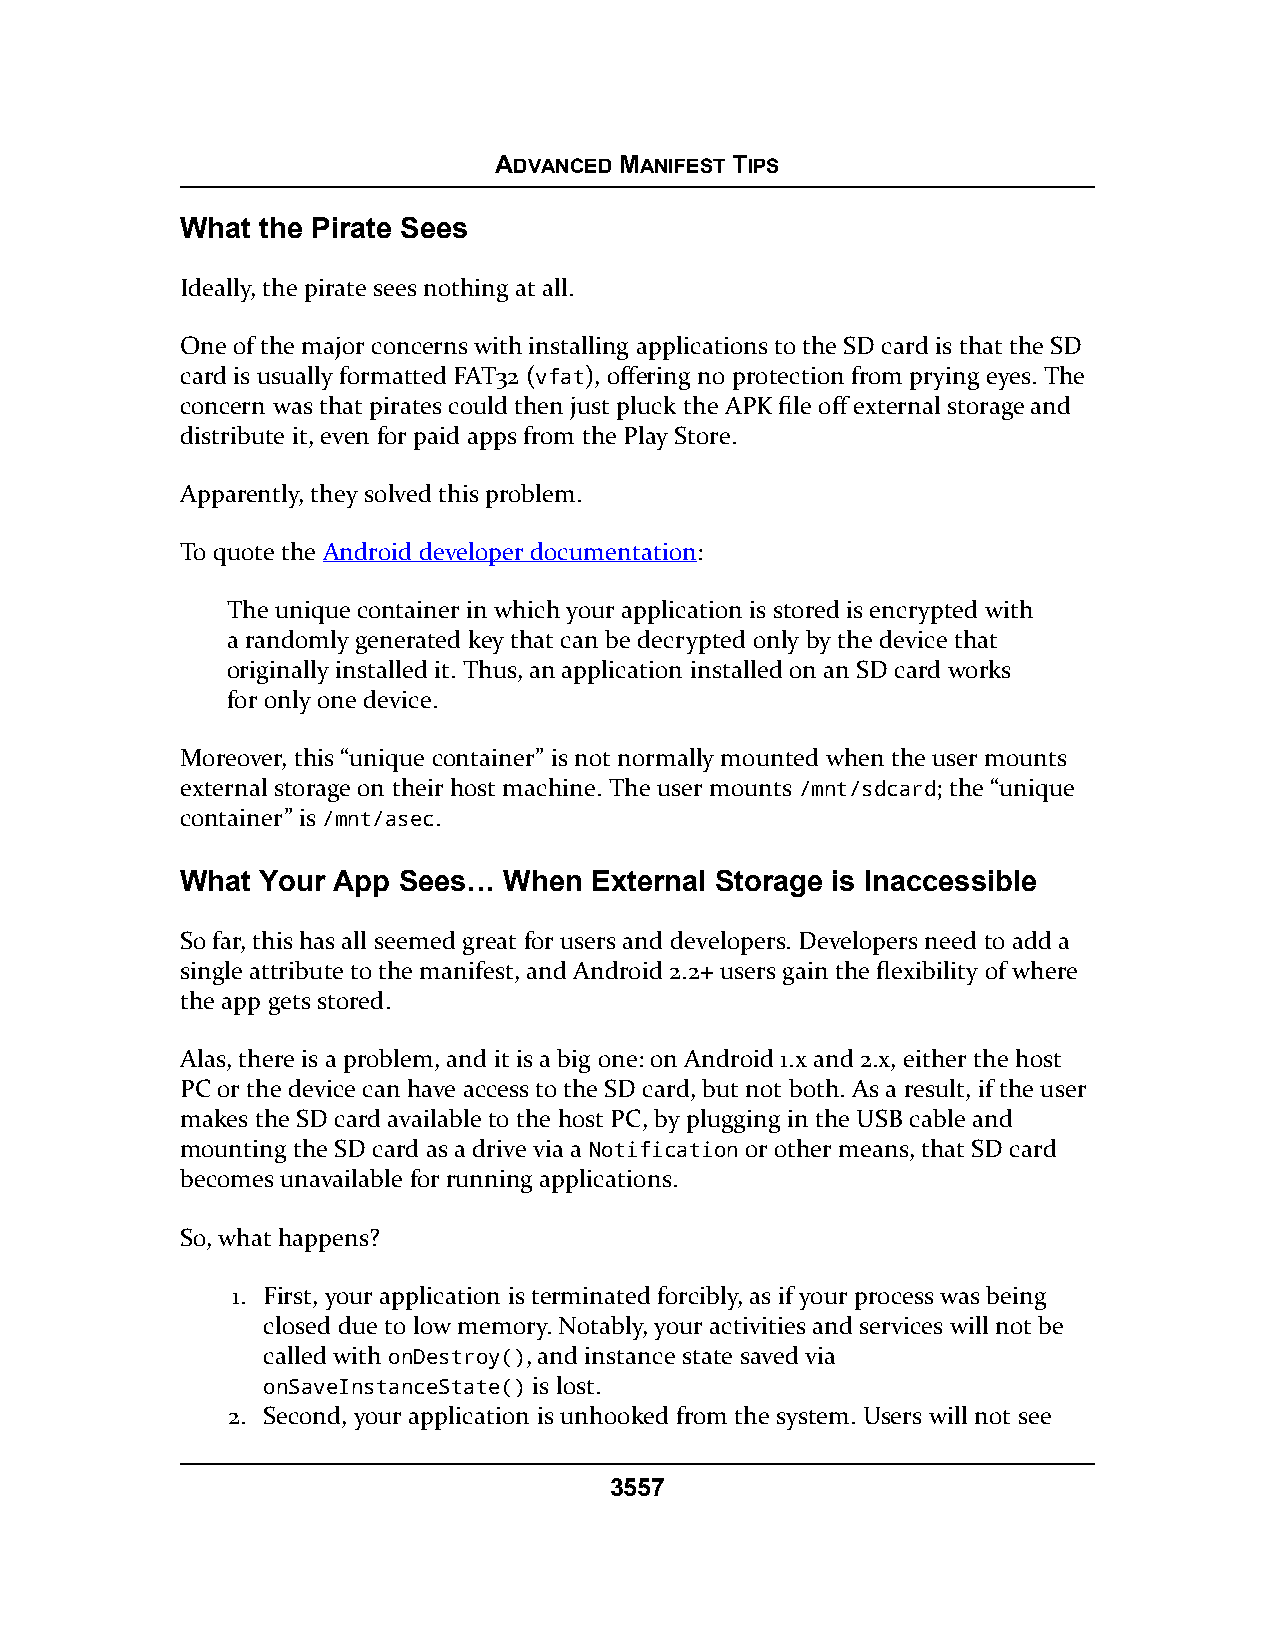
ADVANCED MANIFEST TIPS
 What the Pirate Sees
 Ideally, the pirate sees nothing at all.
 One of the major concerns with installing applications to the SD card is that the SD
 card is usually formatted FAT32 (vfat), offering no protection from prying eyes. The
 concern was that pirates could then just pluck the APK file off external storage and
 distribute it, even for paid apps from the Play Store.
 Apparently, they solved this problem.
 To quote the Android developer documentation:
 The unique container in which your application is stored is encrypted with
 a randomly generated key that can be decrypted only by the device that
 originally installed it. Thus, an application installed on an SD card works
 for only one device.
 Moreover, this “unique container” is not normally mounted when the user mounts
 external storage on their host machine. The user mounts /mnt/sdcard; the “unique
 container” is /mnt/asec.
 What Your App Sees…  When  External Storage is Inaccessible
 So far, this has all seemed great for users and developers. Developers need to add a
 single attribute to the manifest, and Android 2.2+ users gain the flexibility of where
 the app gets stored.
 Alas, there is a problem, and it is a big one: on Android 1.x and 2.x, either the host
 PC or the device can have access to the SD card, but not both. As a result, if the user
 makes the SD card available to the host PC, by plugging in the USB cable and
 mounting the SD card as a drive via a Notification or other means, that SD card
 becomes unavailable for running applications.
 So, what happens?
 1. First, your application is terminated forcibly, as if your process was being
 closed due to low memory. Notably, your activities and services will not be
 called with onDestroy(), and instance state saved via
 onSaveInstanceState() is lost.
 2. Second, your application is unhooked from the system. Users will not see
 3557